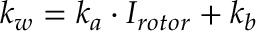
k _ { w } = k _ { a } \cdot I _ { r o t o r } + k _ { b }